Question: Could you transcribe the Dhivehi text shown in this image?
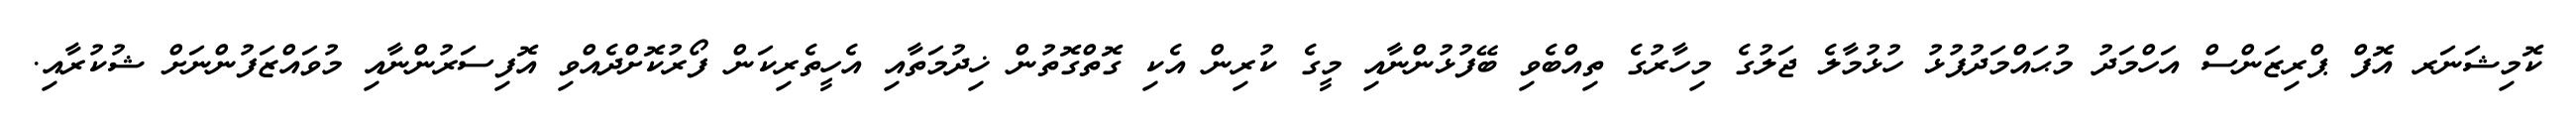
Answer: ކޮމިޝަނަރ އޮފް ޕްރިޒަންސް އަހްމަދު މުޙައްމަދުފުޅު ހުޅުމާލެ ޖަލުގެ މިހާރުގެ ތިއްބެވި ބޭފުޅުންނާއި މީގެ ކުރިން އެކި ގޮތްގޮތުން ޚިދުމަތާއި އެހީތެރިކަން ފޯރުކޮށްދެއްވި އޮފިސަރުންނާއި މުވައްޒަފުންނަށް ޝުކުރާއި.